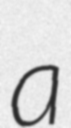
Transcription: a